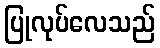
ပြုလုပ်လေသည်